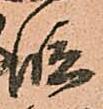
段